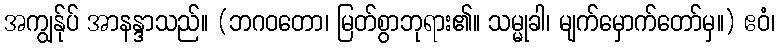
အကျွန်ုပ် အာနန္ဒာသည်။ (ဘဂဝတော၊ မြတ်စွာဘုရား၏။ သမ္မုခါ၊ မျက်မှောက်တော်မှ။) ဧဝံ၊